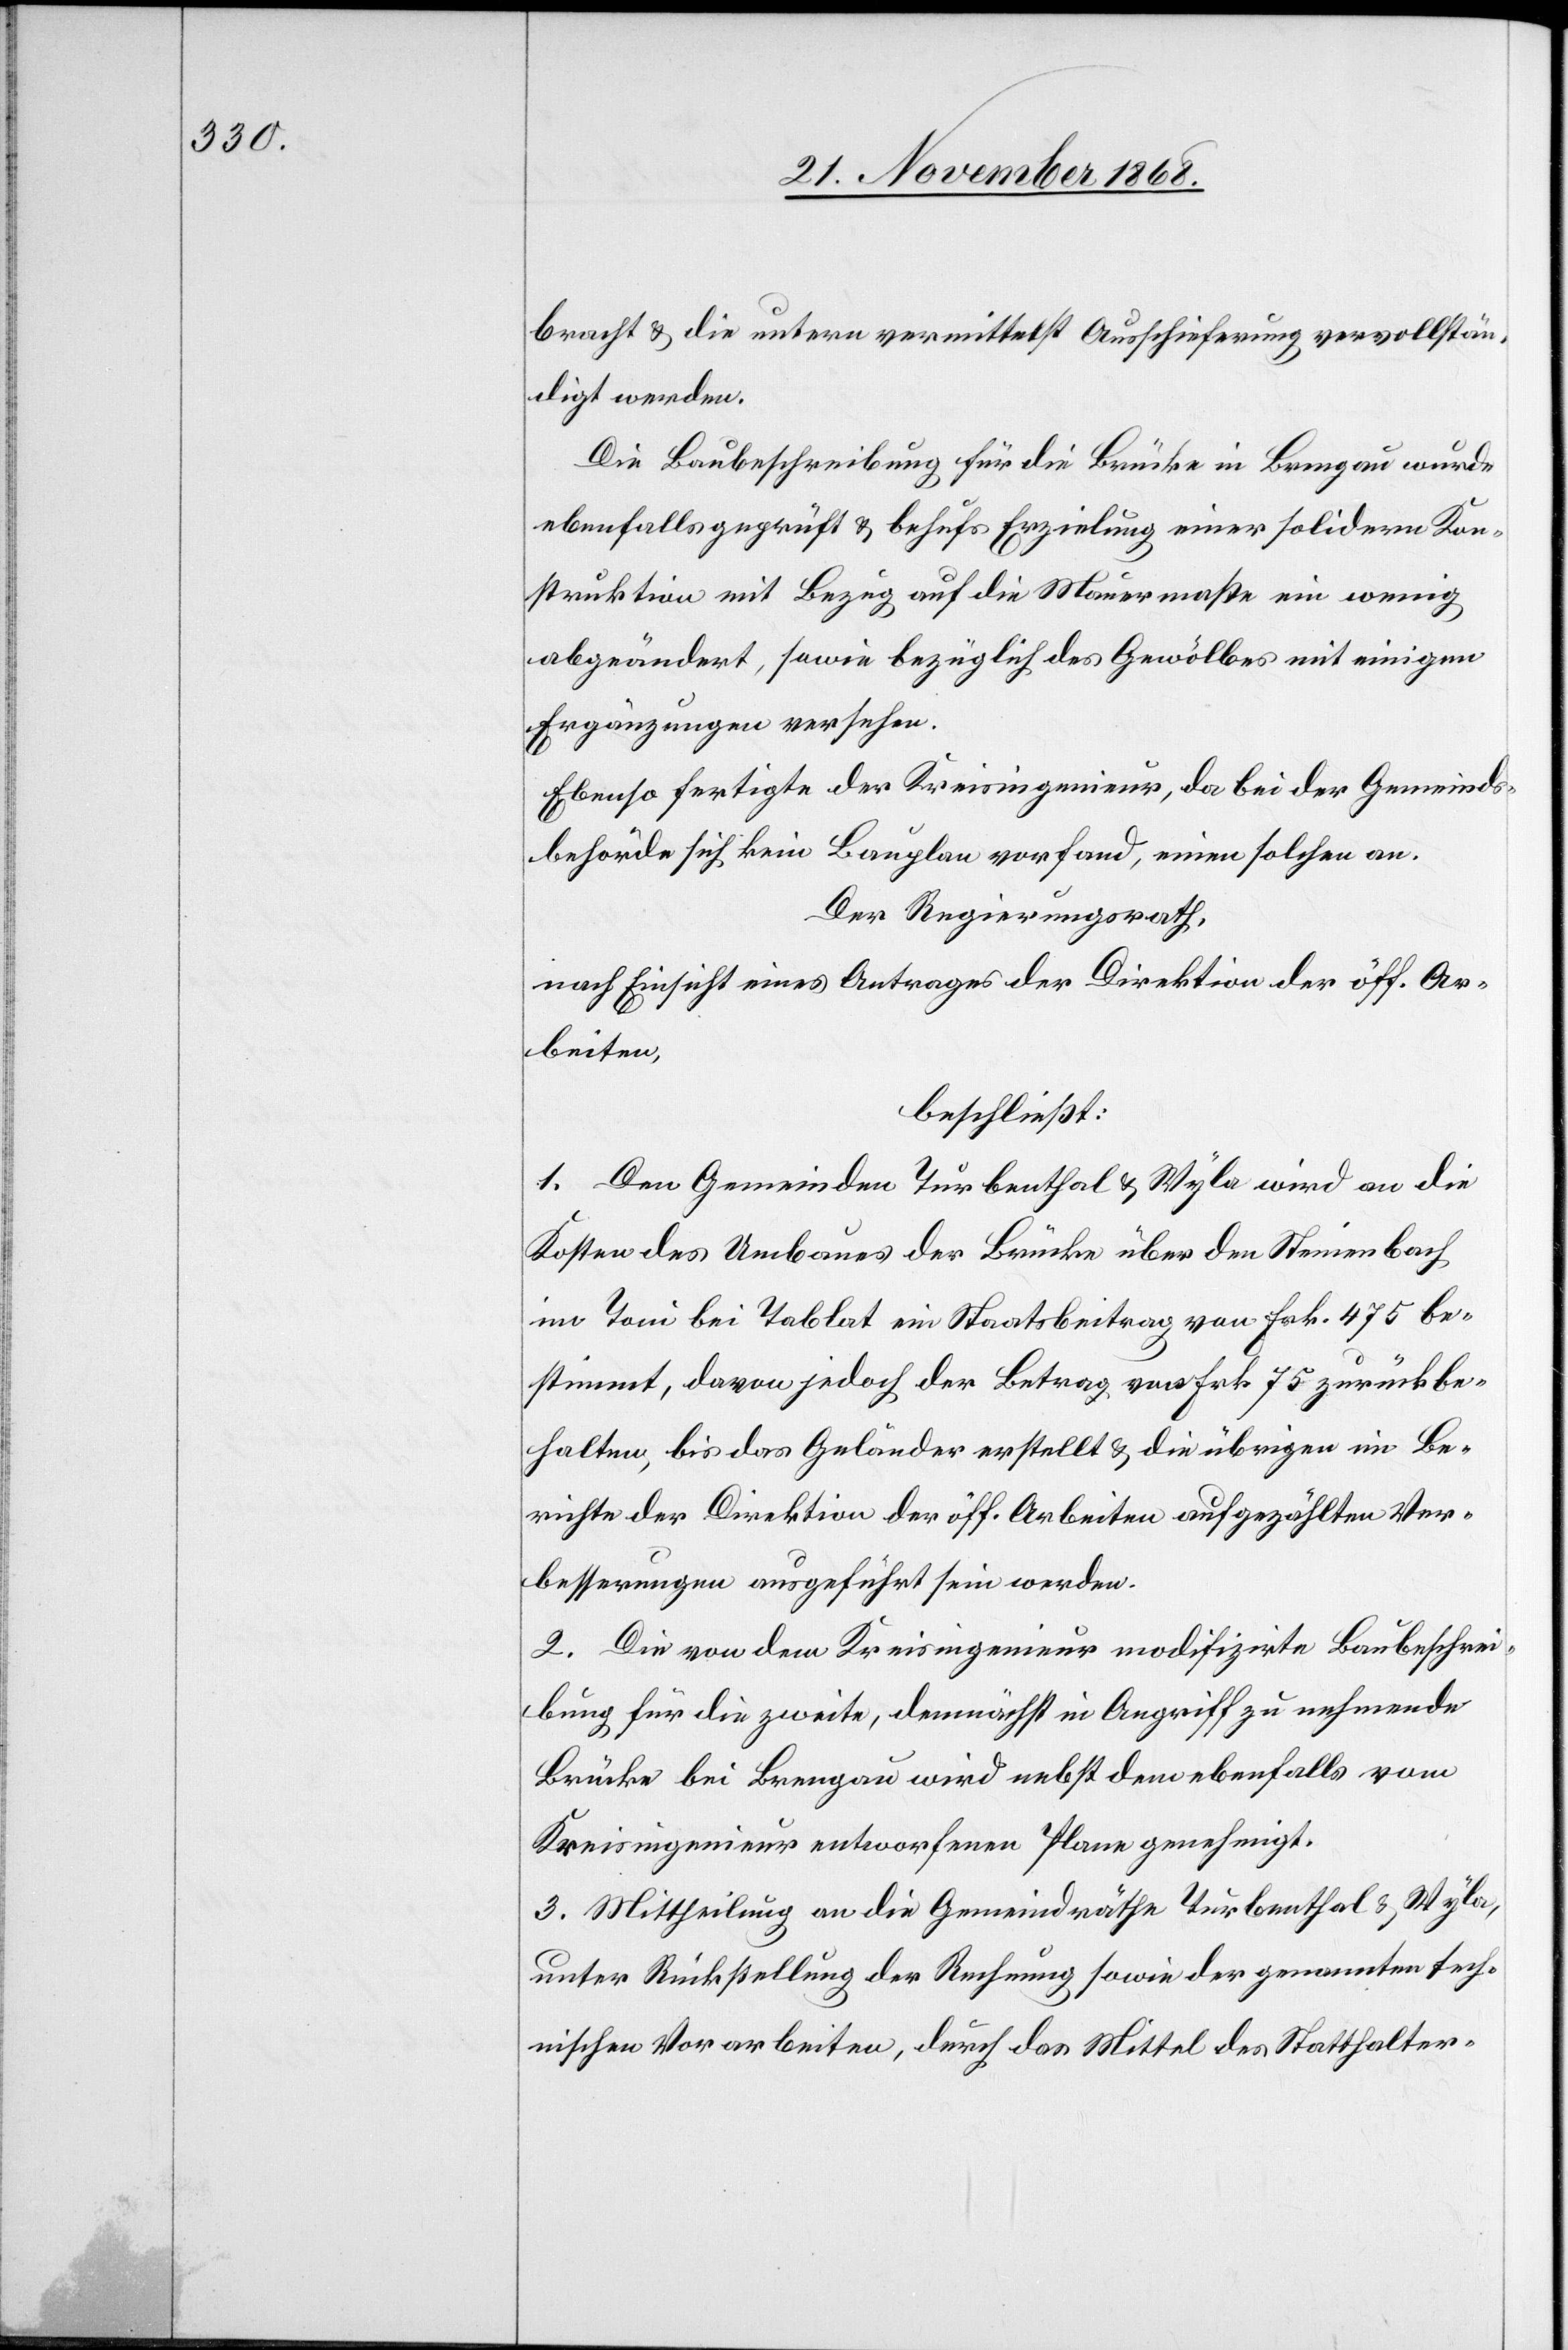
bracht & die untern vermittelst Ausschieferung vervollstän¬
digt werden.
Die Baubeschreibung für die Brücke in Brengau wurde
ebenfalls geprüft & behufs Erzielung einer solidern Kon¬
struktion mit Bezug auf die Mauermaße ein wenig
abgeändert, sowie bezüglich des Gewölbes mit einigen
Ergänzungen versehen.
Ebenso fertigte der Kreisingenieur, da bei der Gemeinds¬
behörde sich kein Bauplan vorfand, einen solchen an.
Der Regierungsrath,
nach Einsicht eines Antrages der Direktion der öff. Ar¬
beiten,
beschließt:
1. Den Gemeinden Turbenthal & Wyla wird an die
Kosten des Umbaues der Brücke über den Steinenbach
im Toni bei Tablat ein Staatsbeitrag von Frk. 475 be¬
stimmt, davon jedoch der Betrag von Frk. 75 zurückbe¬
halten, bis das Geländer erstellt & die übrigen im Be¬
richte der Direktion der öff. Arbeiten aufgezählten Ver¬
besserungen ausgeführt sein werden.
2. Die von dem Kreisingenieur modifizirte Baubeschrei¬
bung für die zweite, demnächst in Angriff zu nehmende
Brücke bei Brengau wird nebst dem ebenfalls vom
Kreisingenieur entworfenen Plane genehmigt.
3. Mittheilung an die Gemeindräthe Turbenthal & Wyla,
unter Rückstellung der Rechnung sowie der genannten tech¬
nischen Vorarbeiten, durch das Mittel des Statthalter-